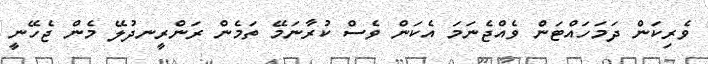
ވެރިކަން ދަމަހައްޓަން ވެއްޖެނަމަ އެކަން ވެސް ކުރާނަމޭ ތަމެން ރަންރީނދުލޭ މެން ޖެހޭނީ